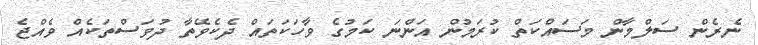
ނެރެން ސަލްމާން މަސައްކަތް ކުރަމުން އަންނަ ކަމުގެ ވާހަކަތައް ދެކެވޭތާ ދުވަސްތަކެއް ވެއްޖެ